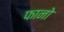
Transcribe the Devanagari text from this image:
फानो